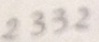
2 3 3 2